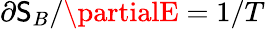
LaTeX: \partial\mathsf{S}_{B}/\partialE=1/T